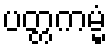
ပတ္တကမ္မံ